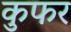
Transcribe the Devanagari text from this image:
कुफर